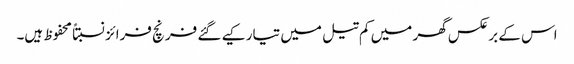
اس کے برعکس گھر میں کم تیل میں تیار کیے گئے فرنچ فرائز نسبتاً محفوظ ہیں۔